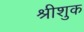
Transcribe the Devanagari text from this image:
श्रीशुक